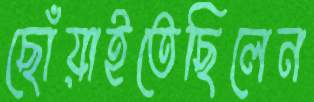
ছোঁয়াইতেছিলেন